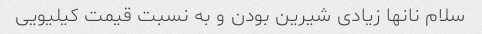
سلام نانها زیادی شیرین بودن و به نسبت قیمت کیلیویی